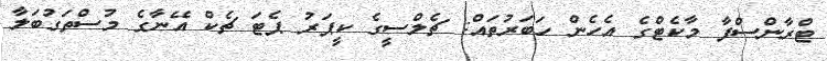
ޓްރާންސްފާ މާކެޓްގެ އެހެން ހަބަރުތައް: ޗެލްސީގެ ކީޕަރު ޕެޓަ ޗެކް އޭނާގެ މުސްތަގުބަލާ